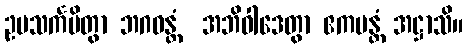
ဥပသင်္ကမိတွာ ဘဂဝန္တံ  အဘိဝါဒေတွာ ဧကမန္တံ အဋ္ဌာသိ။